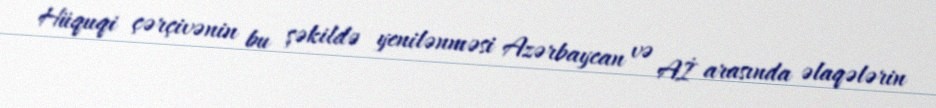
Hüquqi çərçivənin bu şəkildə yenilənməsi Azərbaycan və Aİ arasında əlaqələrin